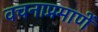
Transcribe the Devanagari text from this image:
वचनाप्रमाणें